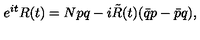
e ^ { i t } R ( t ) = N p q - i \tilde { R } ( t ) ( \bar { q } p - \bar { p } q ) ,